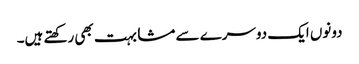
دونوں ایک دوسرے سے مشابہت بھی رکھتے ہیں۔